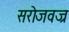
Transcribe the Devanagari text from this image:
सरोजवज्र